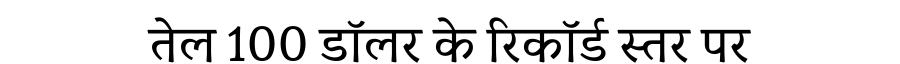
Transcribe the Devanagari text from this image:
तेल 100 डॉलर के रिकॉर्ड स्तर पर